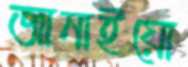
জানাইয়ো